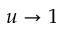
u \to 1